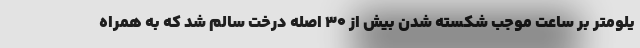
یلومتر بر ساعت موجب شکسته شدن بیش از ۳۰ اصله درخت سالم شد که به همراه